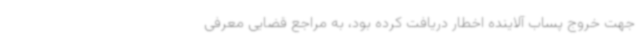
جهت خروج پساب آلاینده اخطار دریافت کرده بود، به مراجع قضایی معرفی